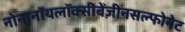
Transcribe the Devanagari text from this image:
नोनानॉयलॉक्सीबेंज़ीनसल्फोनेट